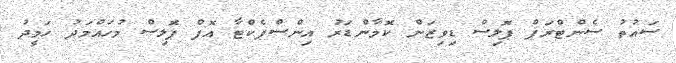
ސައުތު ސެންޓްރަޕް ޕޮލިސް ޑިވިޒަން ކޮމާންޑަރު އިންސްޕެކްޓާ އޮފް ޕޮލިސް މުހައްމަދު ހަމީދު